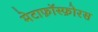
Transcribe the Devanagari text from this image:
मेटाफ़ॉस्फ़ोरस